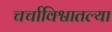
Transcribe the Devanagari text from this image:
चर्चाविश्वातल्या